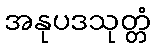
အနုပဒသုတ္တံ